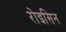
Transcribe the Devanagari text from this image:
रोइसिन